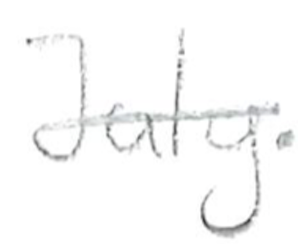
Text: July.
Cross-out: single-line
Writing tool: pencil